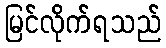
မြင်လိုက်ရသည်